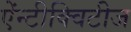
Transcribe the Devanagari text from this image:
ऐंन्टीक्विटीज